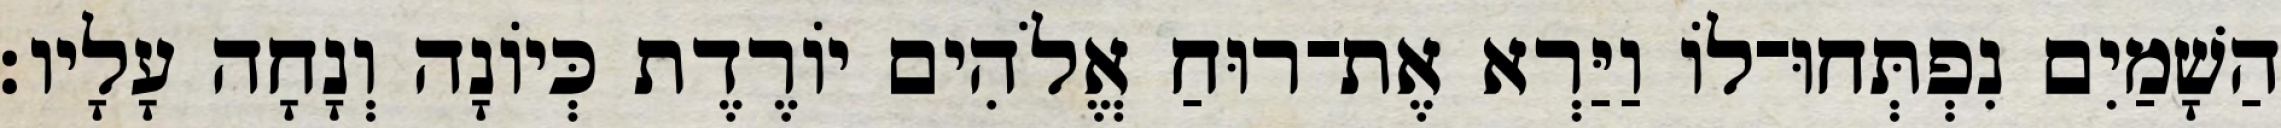
הַשָׁמַיִם נִפְתְּחוּ־לוֹ וַיַּרְא אֶת־רוּחַ אֱלֹהִים יוֹרֶדֶת כְּיוֹנָה וְנָחָה עָלָיו׃